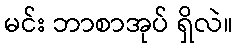
မင်း ဘာစာအုပ် ရှိလဲ။